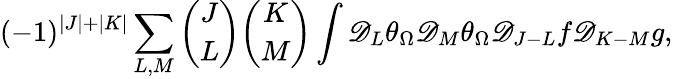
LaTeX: (-1)^{|J|+|K|}\sum_{L,M}{\binom{J}{L}}{\binom{K}{M}}\int\mathscr{D}_{L}\theta_{\Omega}\mathscr{D}_{M}\theta_{\Omega}\mathscr{D}_{J-L}f\mathscr{D}_{K-M}g,